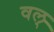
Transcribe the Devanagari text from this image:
वल्‌